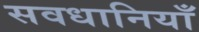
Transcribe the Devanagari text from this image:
सवधानियाँ